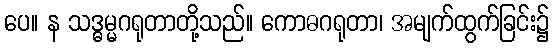
ပေ။ န သဒ္ဓမ္မဂရုတာတို့သည်။ ကောဓဂရုတာ၊ အမျက်ထွက်ခြင်း၌